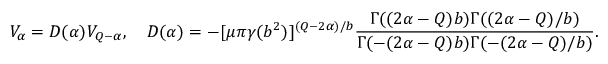
V _ { \alpha } = D ( \alpha ) V _ { Q - \alpha } , ~ ~ ~ D ( \alpha ) = - [ \mu \pi \gamma ( b ^ { 2 } ) ] ^ { ( Q - 2 \alpha ) / b } \frac { \Gamma ( ( 2 \alpha - Q ) b ) \Gamma ( ( 2 \alpha - Q ) / b ) } { \Gamma ( - ( 2 \alpha - Q ) b ) \Gamma ( - ( 2 \alpha - Q ) / b ) } .